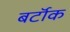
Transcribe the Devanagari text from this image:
बर्टॉक